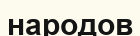
народов